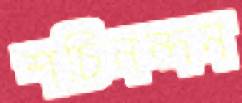
শচিনন্দন